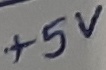
Text: +5V